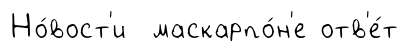
Но́вост'и маскарпо́н'е отв'е́т